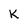
Character: K